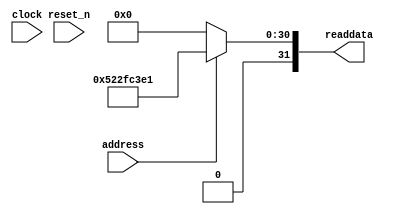
module sysid_1 (
                address,
                clock,
                reset_n,
                readdata
             )
;
  output  [ 31: 0] readdata;
  input            address;
  input            clock;
  input            reset_n;
  wire    [ 31: 0] readdata;
  assign readdata = address ? 1378862049 : 0;
endmodule